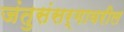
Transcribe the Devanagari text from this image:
जंतुसंसर्गावरील